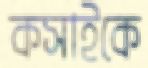
কসাইকে